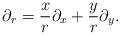
LaTeX: \begin{align*}\partial_r = {x \over r} \partial_x + {y \over r} \partial_y.\end{align*}